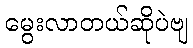
မွေးလာတယ်ဆိုပဲဗျ